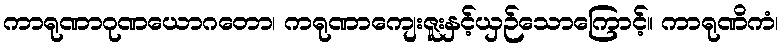
ကာရုဏာဂုဏယောဂတော၊ ကရုဏာကျေးဇူးနှင့်ယှဉ်သောကြောင့်။ ကာရုဏိကံ၊